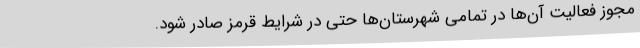
مجوز فعالیت آن‌ها در تمامی شهرستان‌ها حتی در شرایط قرمز صادر شود.